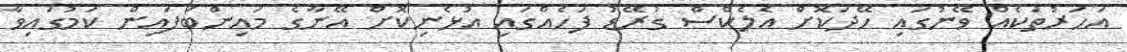
އަހަރުތަކެއް ވޭނުގައި ހޭދަކޮށް އެލެކްސް ގުރޭޑު ފަހެއްގައި އުޅެނިކޮށް އޭނާގެ މައިންބަފައިން ކަމުގައިވާ